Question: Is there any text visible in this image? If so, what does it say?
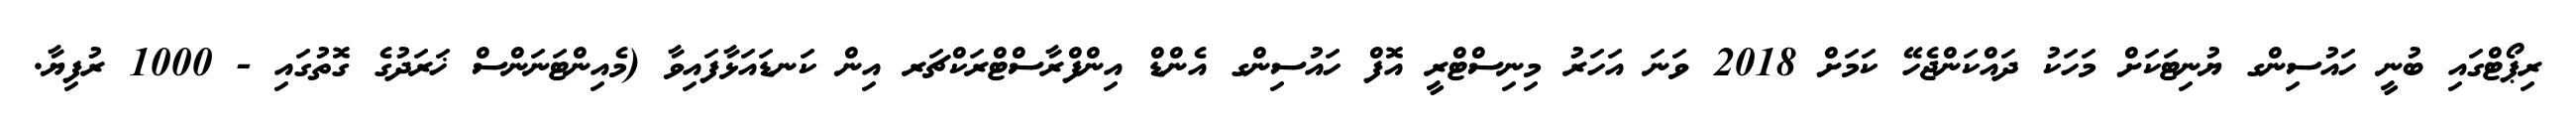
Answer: ރިޕޯޓްގައި ބުނީ ހައުސިންގ ޔުނިޓަކަށް މަހަކު ދައްކަންޖެހޭ ކަމަށް 2018 ވަނަ އަހަރު މިނިސްޓްރީ އޮފް ހައުސިންގ އެންޑް އިންފްރާސްޓްރަކްޗަރ އިން ކަނޑައަޅާފައިވާ (މެއިންޓަނަންސް ޚަރަދުގެ ގޮތުގައި - 1000 ރުފިޔާ.